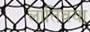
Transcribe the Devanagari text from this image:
लातिवया